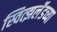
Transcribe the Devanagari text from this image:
स्वित्झर्लॅडच्या